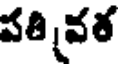
పతి వర